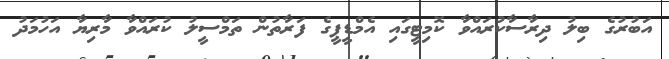
އަބުރުގެ ބިލު ދިރާސާކުރައްވާ ކޮމިޓީގައި އެމްޑީޕީގެ ފަރާތުން ތަމްސީލު ކުރައްވާ މާރިޔާ އަހުމަދު